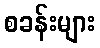
စခန်းများ